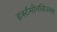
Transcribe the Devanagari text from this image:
हर्स्टमोनसिउक्स